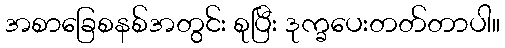
အစာခြေစနစ်အတွင်း စုပြီး ဒုက္ခပေးတတ်တာပါ။